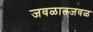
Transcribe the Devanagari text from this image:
जवळातजवळ